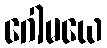
ဂေါမယေ